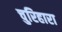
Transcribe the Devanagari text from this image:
चुरिहारा